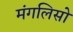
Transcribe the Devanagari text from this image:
मंगलिसो